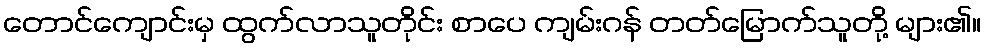
တောင်ကျောင်းမှ ထွက်လာသူတိုင်း စာပေ ကျမ်းဂန် တတ်မြောက်သူတို့ များ၏။